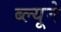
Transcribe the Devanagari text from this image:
ब्ल्यूने